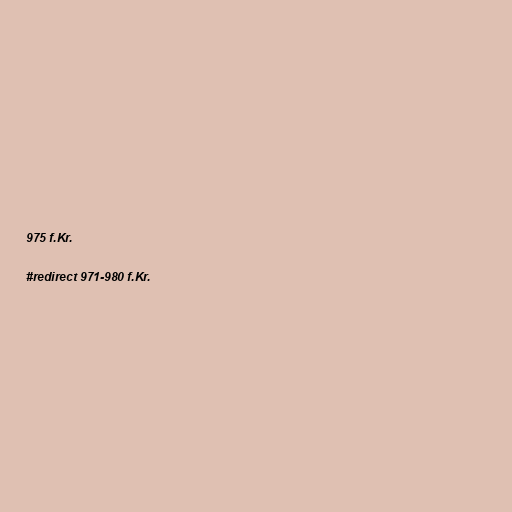
975 f.Kr.

#redirect 971-980 f.Kr.